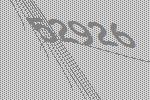
52926